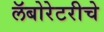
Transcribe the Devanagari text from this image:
लॅबोरेटरीचे